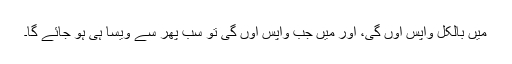
میں بالکل واپس آؤں گی، اور میں جب واپس آؤں گی تو سب پھر سے ویسا ہی ہو جائے گا۔